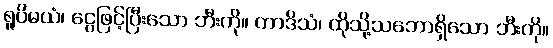
ရူပိမယံ၊ ငွေဖြင့်ပြီးသော ဘီးကို။ တာဒိသံ၊ ထိုသို့သဘောရှိသော ဘီးကို။